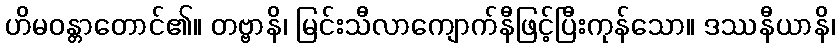
ဟိမဝန္တာတောင်၏။ တဗ္ဗာနိ၊ မြင်းသီလာကျောက်နီဖြင့်ပြီးကုန်သော။ ဒဿနီယာနိ၊